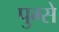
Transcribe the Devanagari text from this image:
पुम्से